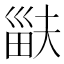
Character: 𤱽